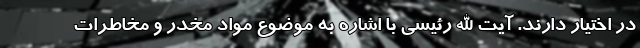
در اختیار دارند. آیت الله رئیسی با اشاره به موضوع مواد مخدر و مخاطرات